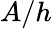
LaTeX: A/h